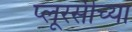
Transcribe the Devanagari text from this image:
प्लूरसीच्या